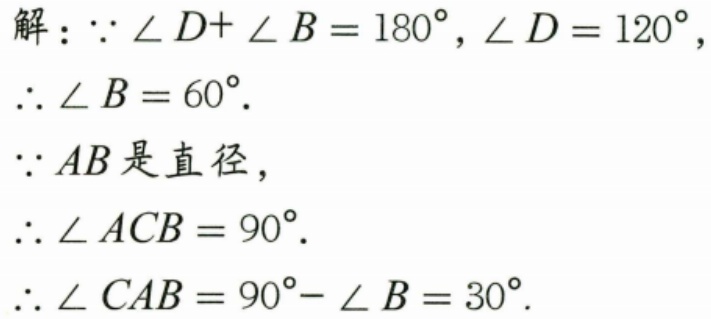
解：\(\because\angle D+\angle B = 180^{\circ},\angle D = 120^{\circ}\)，
\(\therefore\angle B = 60^{\circ}\).
\(\because AB\)是直径，
\(\therefore\angle ACB = 90^{\circ}\).
\(\therefore\angle CAB = 90^{\circ}-\angle B = 30^{\circ}\).